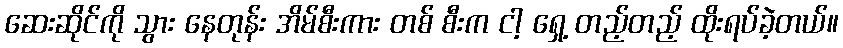
ဆေးဆိုင်ကို သွား နေတုန်း အိမ်စီးကား တစ် စီးက ငါ့ ရှေ့ တည့်တည့် ထိုးရပ်ခဲ့တယ်။